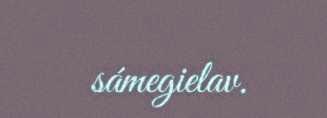
sámegielav.